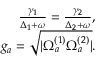
\begin{array} { r } { \frac { \gamma _ { 1 } } { \Delta _ { 1 } + \omega } = \frac { \gamma _ { 2 } } { \Delta _ { 2 } + \omega } , } \\ { g _ { a } = \sqrt { | \Omega _ { a } ^ { ( 1 ) } \Omega _ { a } ^ { ( 2 ) } | } . } \end{array}